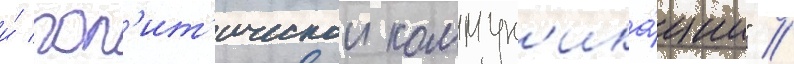
и́ пол'ит'ическои коммун'ика́ции" //